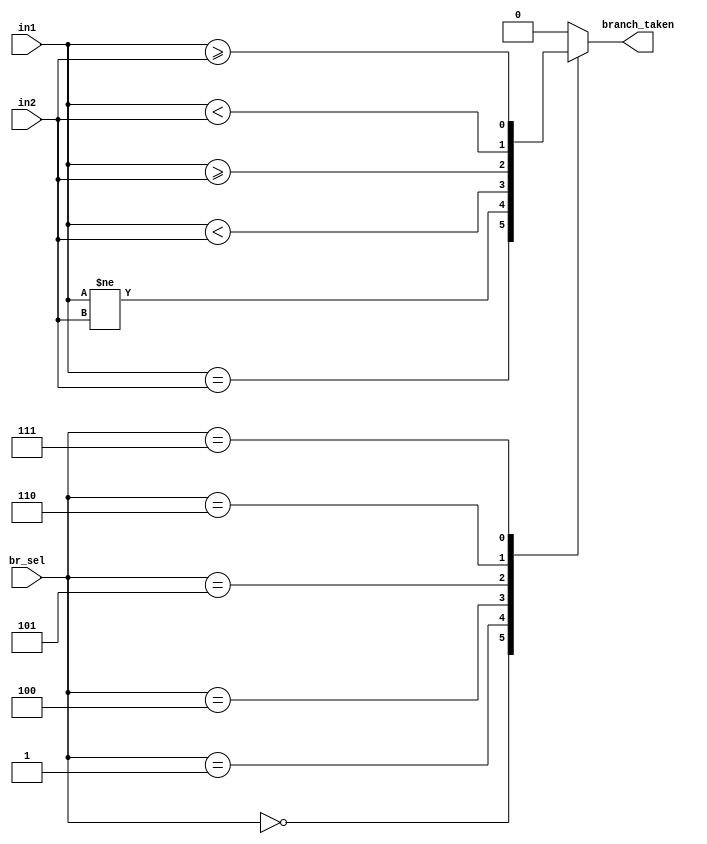
module branch_unit (
    input wire [31:0] in1,       // Value from source register 1
    input wire [31:0] in2,       // Value from source register 2
    input wire [2:0]  br_sel,    // Branch type selector
    output wire branch_taken     // Output indicating whether to take the branch
);

    reg branch_taken_reg;       
    
    always @(*) begin
        
        branch_taken_reg = 0;
        
        // Implement branch conditions based on br_sel
        case (br_sel)
            3'b000: branch_taken_reg = ($signed(in1) == $signed(in2)); // BEQ
            3'b001: branch_taken_reg = ($signed(in1) != $signed(in2)); // BNE
            3'b100: branch_taken_reg = ($signed(in1) < $signed(in2)); // BLT
            3'b101: branch_taken_reg = ($signed(in1) >= $signed(in2)); // BGE
            3'b110: branch_taken_reg = (in1 < in2); // BLTU
            3'b111: branch_taken_reg = (in1 >= in2); // BGEU
            
            default: branch_taken_reg = 0;
        endcase
    end


    assign branch_taken = branch_taken_reg;

endmodule